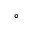
^ \circ